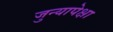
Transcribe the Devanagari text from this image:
जुन्यापेक्षा